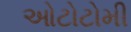
ઓટોટોમી